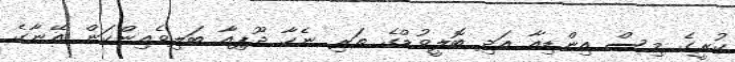
ކުރީގެ މިސް އިންޑިއާ އަދި ބޮލީވުޑްގެ ތަރި ނެހާ ދޫޕިއާ ބަލިވެއިންކަން އޭނާގެ